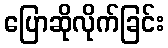
ပြောဆိုလိုက်ခြင်း